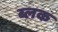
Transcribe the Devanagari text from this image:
ब्लक